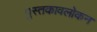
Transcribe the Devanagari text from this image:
पुस्तकावलोकन